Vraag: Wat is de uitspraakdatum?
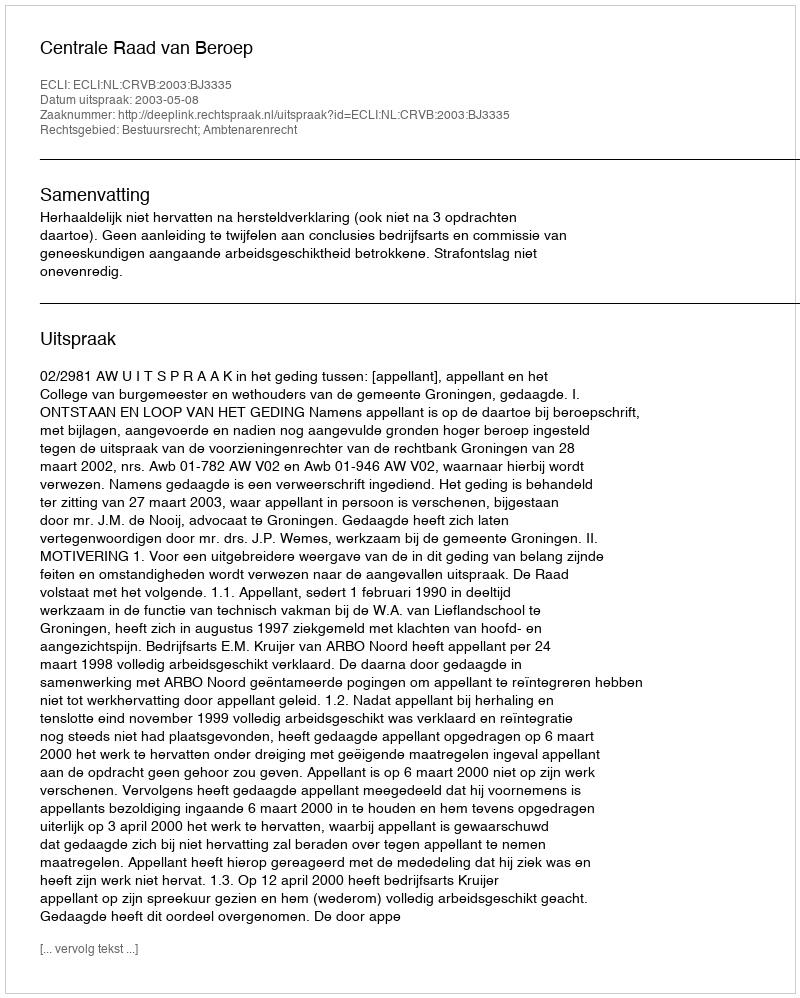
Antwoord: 2003-05-08